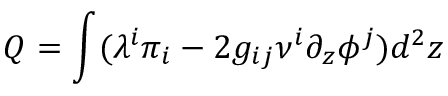
Q = \int ( \lambda ^ { i } \pi _ { i } - 2 g _ { i j } \nu ^ { i } \partial _ { z } \phi ^ { j } ) d ^ { 2 } z